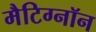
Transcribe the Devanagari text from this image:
मैटिग्नॉन